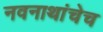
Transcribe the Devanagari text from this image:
नवनाथांचेच